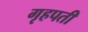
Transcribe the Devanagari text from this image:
गृहपती